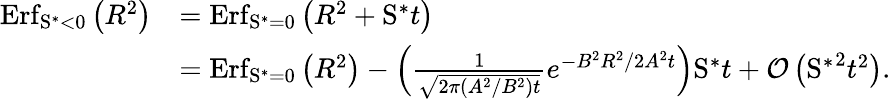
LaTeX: \begin{array}{rl}{\mathrm{Erf}_{\mathrm{S}^{\ast}<0}\left(R^{2}\right)}&{=\mathrm{Erf}_{\mathrm{S}^{\ast}=0}\left(R^{2}+\mathrm{S}^{\ast}t\right)}\\ &{=\mathrm{Erf}_{\mathrm{S}^{\ast}=0}\left(R^{2}\right)-\left(\frac{1}{\sqrt{2\pi(A^{2}/B^{2})t}}e^{-B^{2}R^{2}/2A^{2}t}\right)\mathrm{S}^{\ast}t+\mathcal{O}\left({\mathrm{S}^{\ast}}^{2}t^{2}\right).}\end{array}